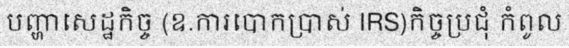
បញ្ហាសេដ្ឋកិច្ច (ឧ.ការបោកប្រាស់ IRS)កិច្ចប្រជុំ កំពូល